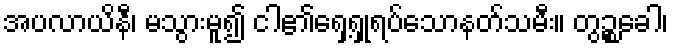
အပလာယိနီ၊ မသွားမူ၍ ငါ၏ရှေ့ရှုရပ်သောနတ်သမီး။ တွဉ္စခေါ၊